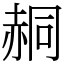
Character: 䞒